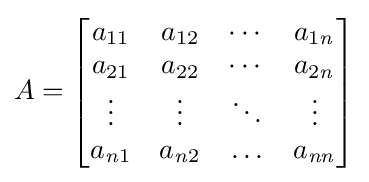
A={\begin{bmatrix}a_{11}&a_{12}&\cdots &a_{1{\mathit {n}}}\\a_{21}&a_{22}&\cdots &a_{2{\mathit {n}}}\\\vdots &\vdots &\ddots &\vdots \\a_{{\mathit {n}}1}&a_{{\mathit {n}}2}&\ldots &a_{\mathit {nn}}\end{bmatrix}}